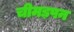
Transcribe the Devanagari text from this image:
चीमड़पन